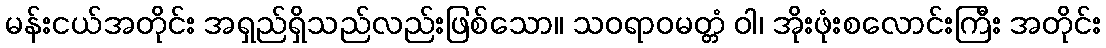
မန်းငယ်အတိုင်း အရှည်ရှိသည်လည်းဖြစ်သော။ သဝရာဝမတ္တံ ဝါ၊ အိုးဖုံးစလောင်းကြီး အတိုင်း